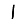
Digit: 1